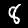
Label: 8